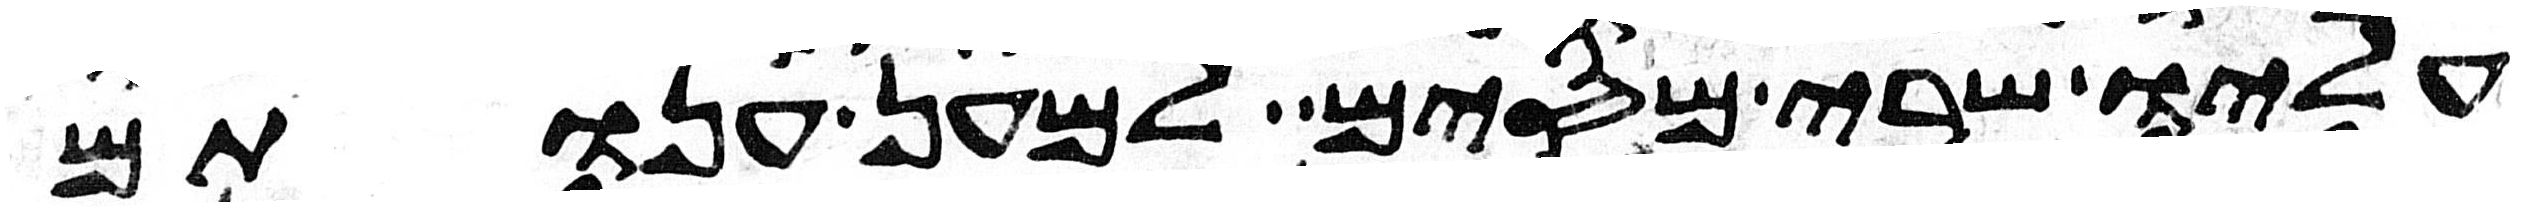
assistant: עליו שרי מסים למען ענותם